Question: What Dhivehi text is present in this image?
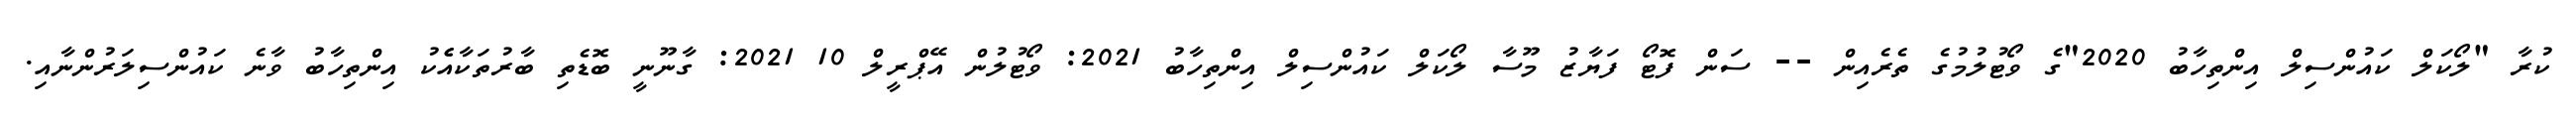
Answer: ކުރާ "ލޯކަލް ކައުންސިލް އިންތިހާބު 2020"ގެ ވޯޓުލުމުގެ ތެރެއިން -- ސަން ފޮޓޯ ފަޔާޒު މޫސާ ލޯކަލް ކައުންސިލް އިންތިހާބު 2021: ވޯޓުލުން އޭޕްރީލް 10 2021: ގާނޫނީ ބޮޑެތި ބާރުތަކާއެެކު އިންތިހާބު ވާނެ ކައުންސިލަރުންނާއި.